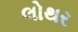
લોથર